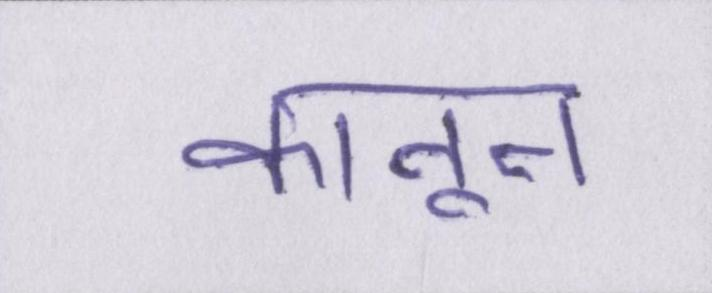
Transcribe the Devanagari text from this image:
कानून